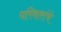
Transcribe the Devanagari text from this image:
परिवारांचे